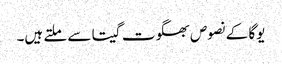
یوگا کے نصوص بھگوت گیتا سے ملتے ہیں۔